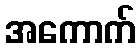
အကောက်